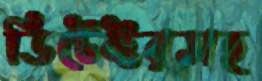
ডিটেক্টরসহ